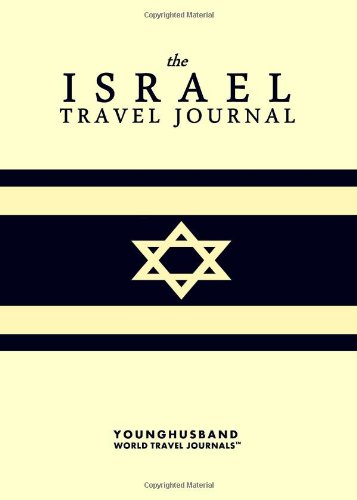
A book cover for The Israel Travel Journal; Younghusband World Travel Journals; Travel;